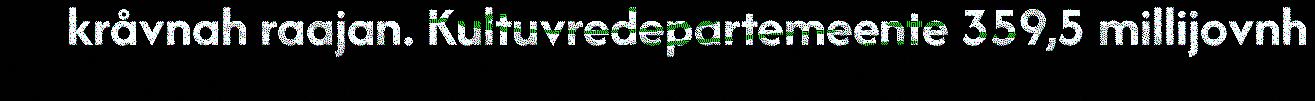
kråvnah raajan. Kultuvredepartemeente 359,5 millijovnh